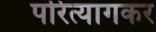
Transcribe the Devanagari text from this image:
परित्यागकर